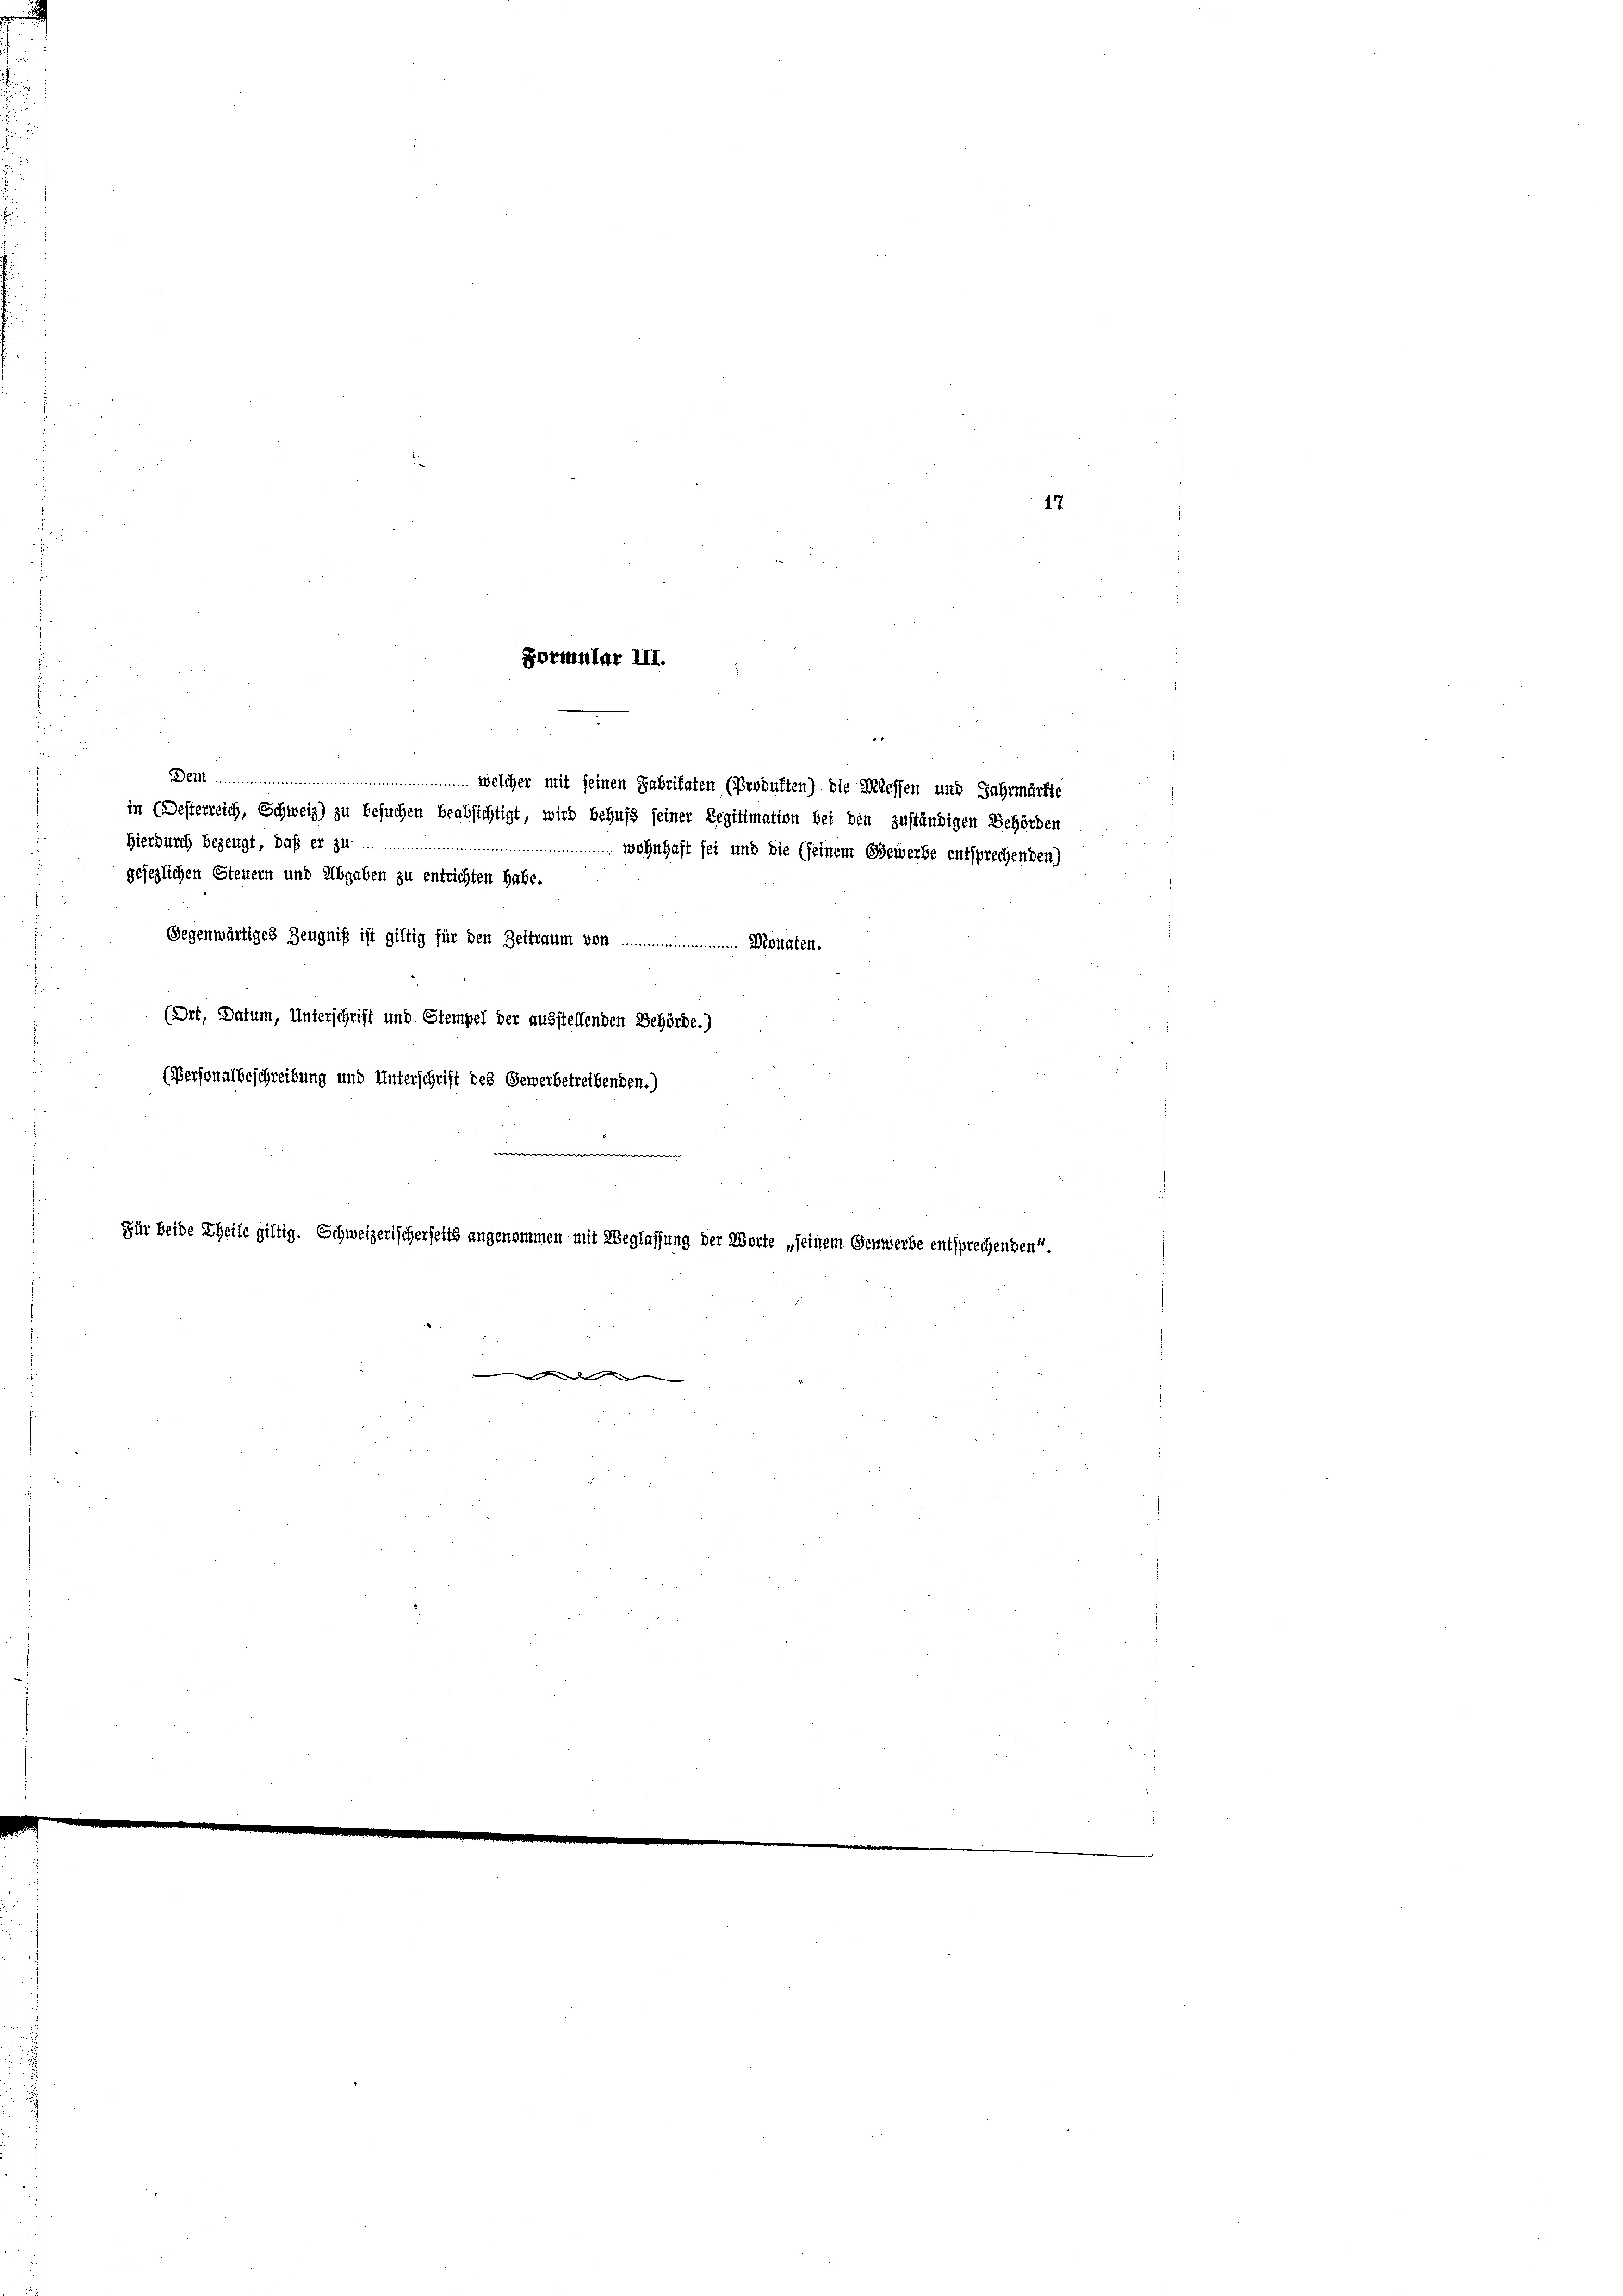
Formular III.

d
Dem.................. welcher mit seinen Fabrikaten (Produften) die Wieffen und Jahrmärkte
in (Desterreich, Schweiz) zu besuchen beabsichtigt, wird behufs seiner Legitimation bei den zuständigen Behörden
Hierdurch bezeugt, daß er zu
gesezlichen Steuern und Abgaben zu entrichten habe.

Gegenwärtiges Zeugniß ist giltig für den Zeitraum von Monaten.

(Ort, Datum, Unterschrift und Stempel der ausstellenden Behörde.)
(Personalbeschreibung und Unterschrift des Gewerbetreibenden.)
e
Für beide Theile giltig. Schweizerischerseits angenommen mit Weglassung der Worte „seinem Genwerbe entsprechenden.

Wohnhaft sei und die (seinem Gewerbe entsprechenden)

17